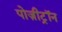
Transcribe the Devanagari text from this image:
पोज़ीट्रॉन